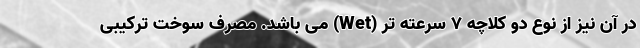
در آن نیز از نوع دو کلاچه ۷ سرعته تَر (Wet) می باشد. مصرف سوخت ترکیبی